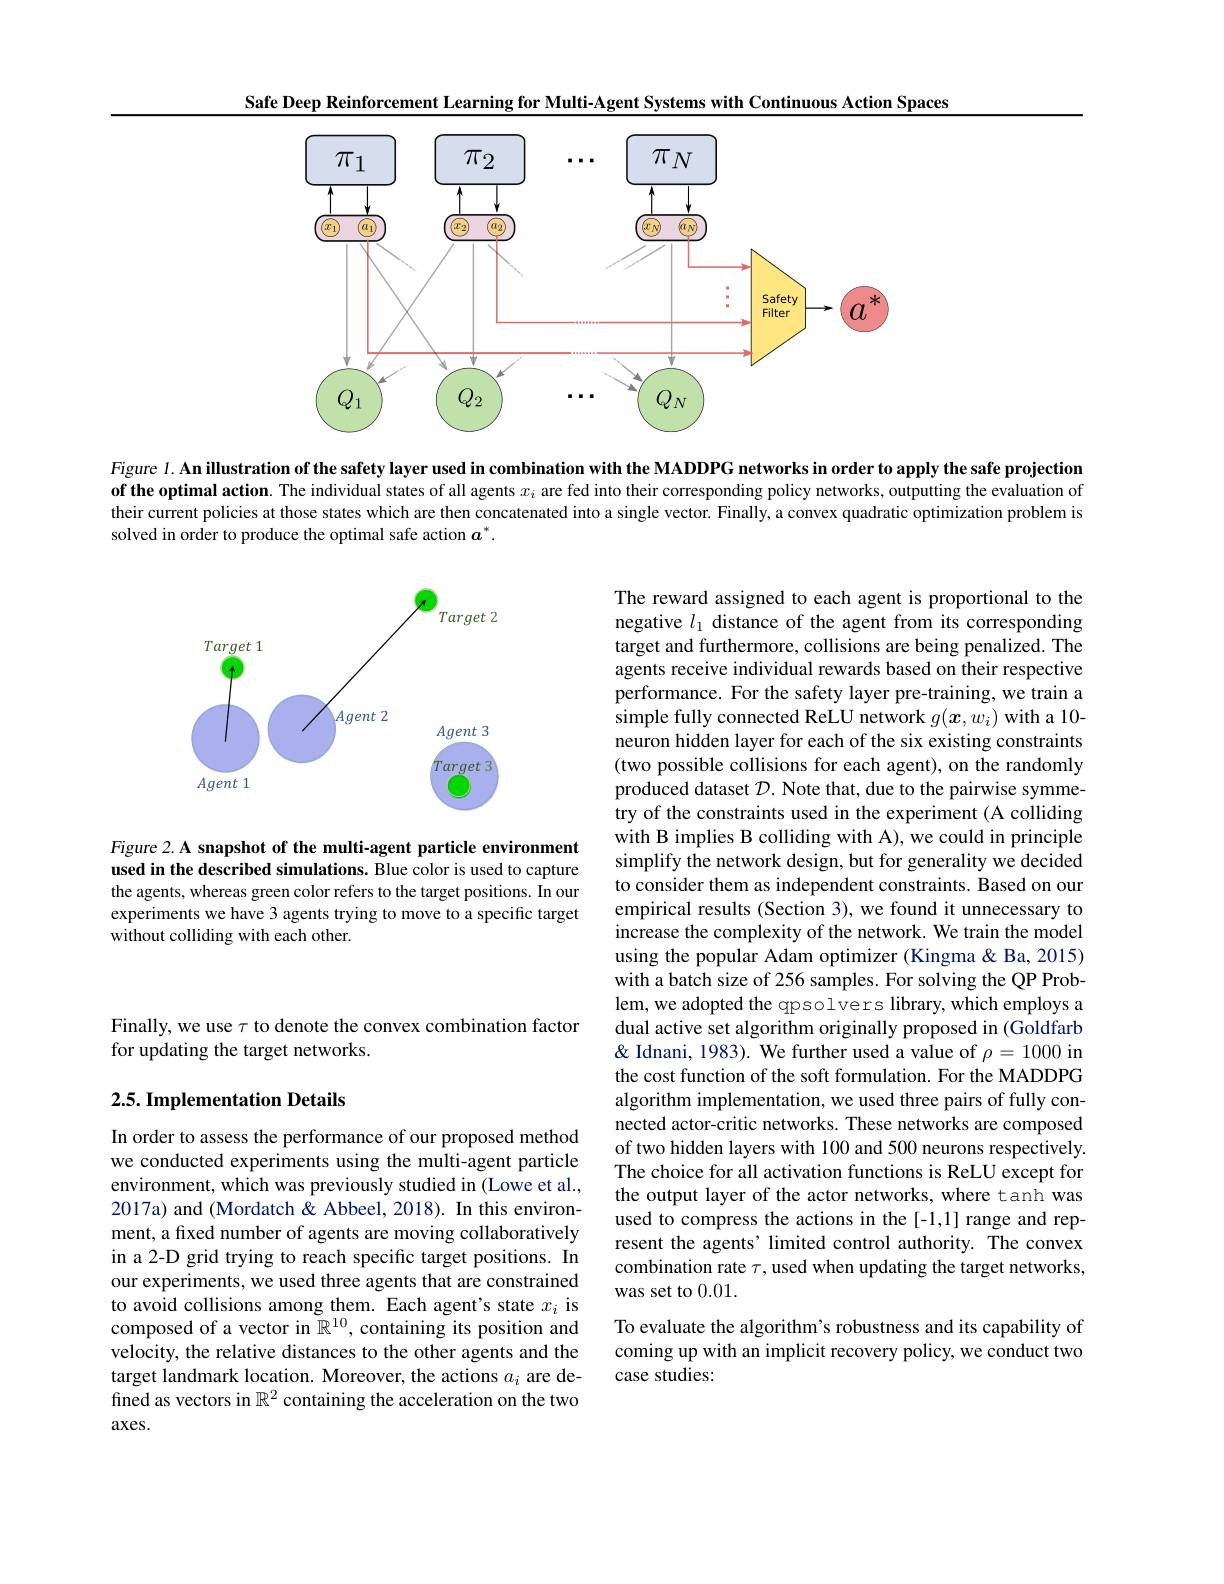
Safe Deep Reinforcement Learning for Multi-Agent Systems with Continuous Action Spaces

<FigureHere>

Figure 1. An illustration of the safety layer used in combination with the MADDPG networks in order to apply the safe projection of the optimal action. The individual states of all agents $x_i$ are fed into their corresponding policy networks, outputting the evaluation of their current policies at those states which are then concatenated into a single vector. Finally, a convex quadratic optimization problem is solved in order to produce the optimal safe action $a^*.$

<FigureHere>

Figure 2. A snapshot of the multi-agent particle environment used in the described simulations. Blue color is used to capture the agents, whereas green color refers to the target positions. In our experiments we have 3 agents trying to move to a specific target without colliding with each other.

The reward assigned to each agent is proportional to the negative $l_1$ distance of the agent from its corresponding target and furthermore, collisions are being penalized. The agents receive individual rewards based on their respective performance. For the safety layer pre-training, we train a simple fully connected ReLU network $g(\boldsymbol x,w_i)$ with a 10- neuron hidden layer for each of the six existing constraints (two possible collisions for each agent), on the randomly produced dataset $\mathcal{D}.$ Note that, due to the pairwise symmetry of the constraints used in the experiment (A colliding with B implies B colliding with A), we could in principle simplify the network design, but for generality we decided to consider them as independent constraints. Based on our empirical results (Section 3), we found it unnecessary to increase the complexity of the network. We train the model using the popular Adam optimizer (Kingma&Ba,2015) with a batch size of 256 samples. For solving the QP Problem, we adopted the qpsolvers library, which employs a dual active set algorithm originally proposed in (Goldfarb & Idnani, 1983). We further used a value of $\rho=1000$ in the cost function of the soft formulation. For the MADDPG algorithm implementation, we used three pairs of fully connected actor-critic networks. These networks are composed of two hidden layers with 100 and 500 neurons respectively. The choice for all activation functions is ReLU except for the output layer of the actor networks, where tanh was used to compress the actions in the [-1,1] range and represent the agents' limited control authority. The convex combination rate $\tau$, used when updating the target networks, was set to 0.01.
To evaluate the algorithm's robustness and its capability of coming up with an implicit recovery policy, we conduct two

Finally, we use $\tau$ to denote the convex combination factor
for updating the target networks.

## 2.5. Implementation Details

In order to assess the performance of our proposed method we conducted experiments using the multi-agent particle environment, which was previously studied in (Lowe et al., 2017a) and (Mordatch& Abbeel, 2018). In this environment, a fixed number of agents are moving collaboratively in a 2-D grid trying to reach specific target positions. In our experiments, we used three agents that are constrained to avoid collisions among them. Each agent's state $x_i$ is composed of a vector in $\tilde{\mathbb{R}}^{10}$, containing its position and velocity, the relative distances to the other agents and the target landmark location. Moreover, the actions $a_i$ are defined as vectors in $\mathbb{R}^2$ containing the acceleration on the two $axes.$

case studies: